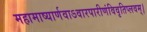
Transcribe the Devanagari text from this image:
महामाष्यार्णवाऽवारपारीणंविवृतिप्लवम्।